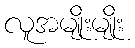
လူအမျိုးမျိုး